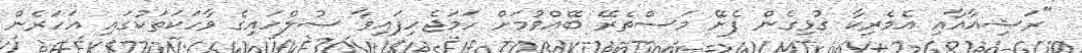
"ރަޝިއާއާއި އެމެރިކާ ގުޅިގެން ފެށޭ މަސްތެރޭ ބޭއްވުމަށް ހަމަޖެހިފައިވާ ސުލްހައިގެ ވާހަކަތަކުގައި އަހަރެން